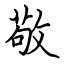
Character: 敬